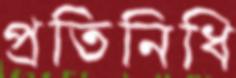
প্রতিনিধি